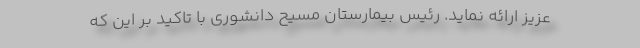
عزیز ارائه نماید. رئيس بیمارستان مسیح دانشوری با تاکید بر این که‌